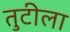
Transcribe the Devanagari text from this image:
तुटीला